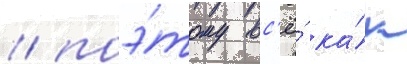
/ поэ́тому вс'ё́ ка́к